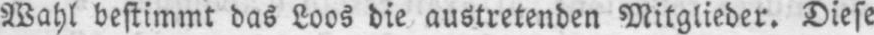
Wahl bestimmt das Loos die austretenden Mitglieder. Diese